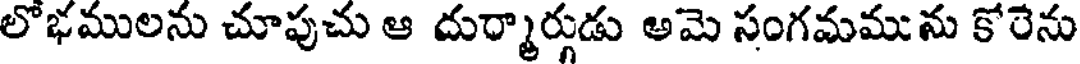
లోభములను చూపుచు ఆ దుర్మార్గుడు అమె సంగమమును కోరెను